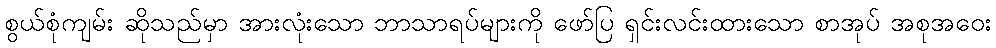
စွယ်စုံကျမ်း ဆိုသည်မှာ အားလုံးသော ဘာသာရပ်များကို ဖော်ပြ ရှင်းလင်းထားသော စာအုပ် အစုအဝေး